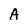
Character: A